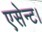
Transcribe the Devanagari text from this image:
एसेन्ट।